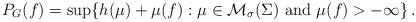
LaTeX: \begin{align*}P_G(f) = \sup \{ h(\mu) + \mu(f) : \mu \in \mathcal{M}_{\sigma}(\Sigma) \textrm{ and } \mu(f) > - \infty \} \,.\end{align*}